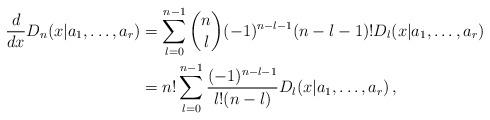
LaTeX: \begin{align*}\frac{d}{dx}D_n(x|a_1,\dots,a_r)&=\sum_{l=0}^{n-1}\binom{n}{l}(-1)^{n-l-1}(n-l-1)!D_l(x|a_1,\dots,a_r)\\&=n!\sum_{l=0}^{n-1}\frac{(-1)^{n-l-1}}{l!(n-l)}D_l(x|a_1,\dots,a_r)\,,\end{align*}